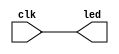
module Values(input clk, output led);

    assign led = clk;

endmodule

module LigaDesliga;

  reg clk;

       always #10 clk = ~clk;
	Values io(clk, led);
  initial begin
    $dumpvars(0, io);
    clk <=  0;
    #500;
    $finish;
  end
endmodule